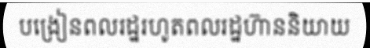
បង្រៀនពលរដ្ឋរហូតពលរដ្ឋហ៊ាននិយាយ